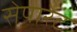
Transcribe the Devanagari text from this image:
सेपारेट